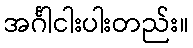
အင်္ဂါငါးပါးတည်း။